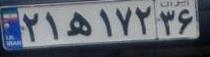
۲۱ه۱۷۲۳۶